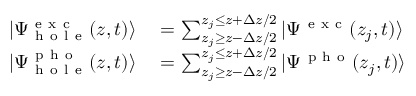
\begin{array} { r l } { | \Psi _ { \mathrm { ~ h ~ o ~ l ~ e ~ } } ^ { \mathrm { ~ e ~ x ~ c ~ } } ( z , t ) \rangle } & { { } = \sum _ { z _ { j } \ge z - \Delta z / 2 } ^ { z _ { j } \le z + \Delta z / 2 } | \Psi ^ { \mathrm { ~ e ~ x ~ c ~ } } ( z _ { j } , t ) \rangle } \\ { | \Psi _ { \mathrm { ~ h ~ o ~ l ~ e ~ } } ^ { \mathrm { ~ p ~ h ~ o ~ } } ( z , t ) \rangle } & { { } = \sum _ { z _ { j } \ge z - \Delta z / 2 } ^ { z _ { j } \le z + \Delta z / 2 } | \Psi ^ { \mathrm { ~ p ~ h ~ o ~ } } ( z _ { j } , t ) \rangle } \end{array}